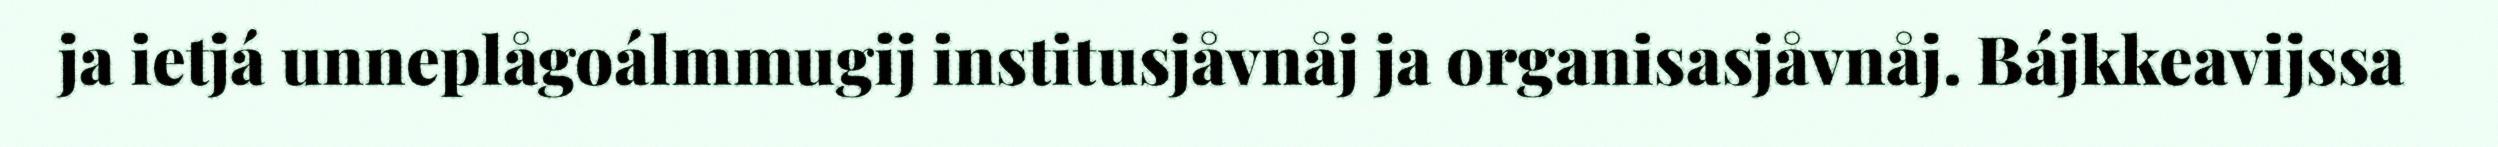
ja ietjá unneplågoálmmugij institusjåvnåj ja organisasjåvnåj. Bájkkeavijssa